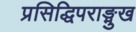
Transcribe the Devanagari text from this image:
प्रसिद्धिपराङ्मुख